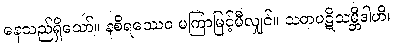
နေသည်ရှိသော်။ နစိရဿေဝ မကြာမြင့်မီလျှင်။ သတပဋိသမ္ဘိဒါဟိ၊